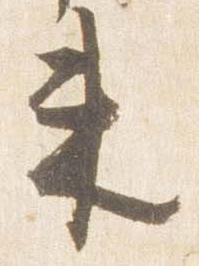
未